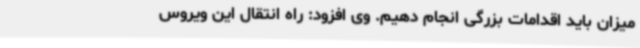
میزان باید اقدامات بزرگی انجام دهیم. وی افزود: راه انتقال این ویروس